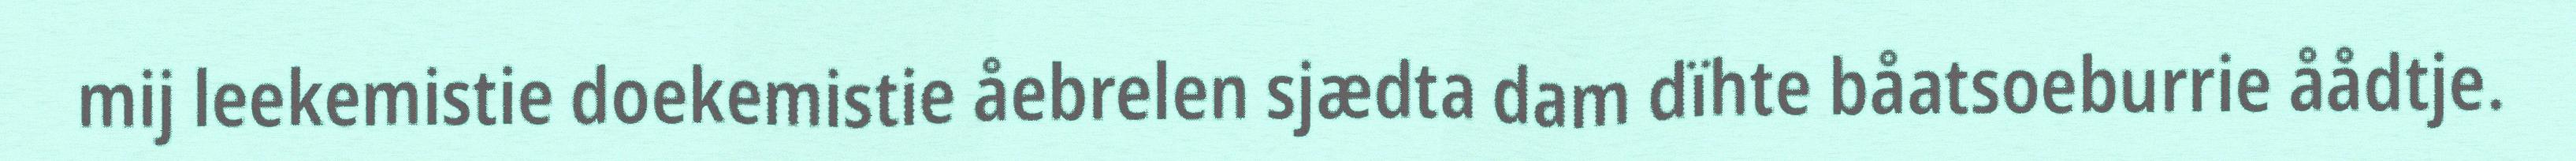
mij leekemistie doekemistie åebrelen sjædta dam dïhte båatsoeburrie åådtje.